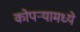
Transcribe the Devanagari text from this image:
कोपर्‍यामध्ये